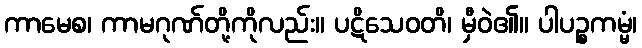
ကာမေစ၊ ကာမဂုဏ်တို့ကိုလည်း။ ပဋိသေဝတိ၊ မှီဝဲ၏။ ပါပဉ္စကမ္မံ၊